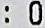
: 0